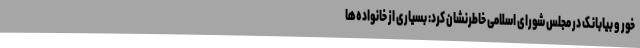
خور و بیابانک در مجلس شورای اسلامی خاطرنشان کرد: بسیاری از خانواده‌ها